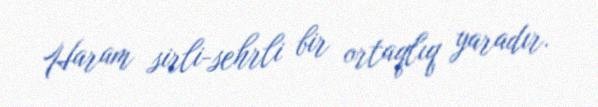
Haram sirli-sehrli bir ortaqlıq yaradır.